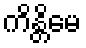
ကိန္တိမေ